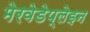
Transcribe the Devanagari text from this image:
मेरवेडेप्लेइन